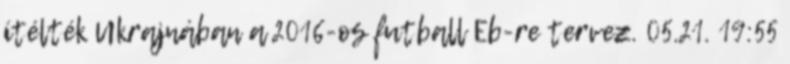
ítélték Ukrajnában a 2016-os futball Eb-re tervez. 05.21. 19:55